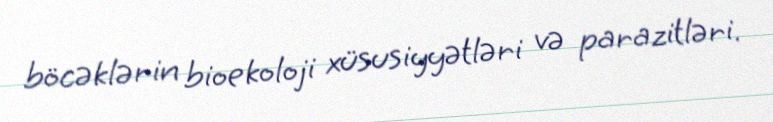
böcəklərin bioekoloji xüsusiyyətləri və parazitləri.